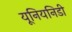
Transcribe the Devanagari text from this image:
यूनियनिडी